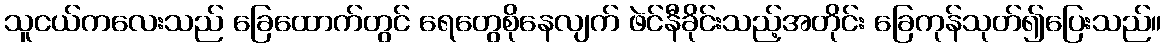
သူငယ်ကလေးသည် ခြေထောက်တွင် ရေတွေစိုနေလျက် ဖဲင်နီခိုင်းသည့်အတိုင်း ခြေကုန်သုတ်၍ပြေးသည်။